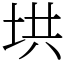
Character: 垬